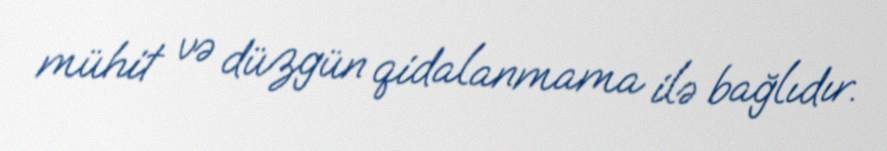
mühit və düzgün qidalanmama ilə bağlıdır.